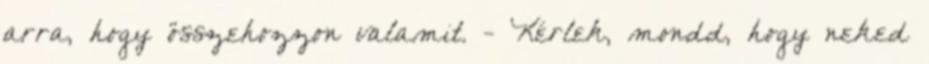
arra, hogy összehozzon valamit. - Kérlek, mondd, hogy neked